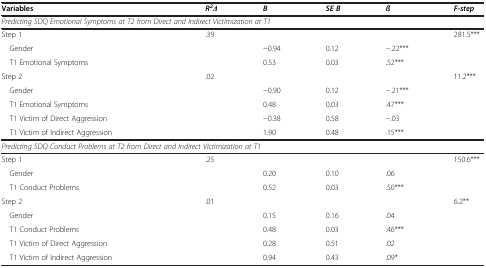
<table><thead><tr><td><b>Variables</b></td><td></td><td><b><i>R</i><sup><i>2</i></sup><i>Δ</i></b></td><td><b><i>B</i></b></td><td><b><i>SE B</i></b></td><td><b><i>ß</i></b></td><td><b><i>F-step</i></b></td></tr></thead><tbody><tr><td colspan="7"><i>Predicting SDQ Emotional Symptoms at T2 from Direct and Indirect Victimization at T1</i></td></tr><tr><td>Step 1</td><td></td><td>.39</td><td></td><td></td><td></td><td>281.5***</td></tr><tr><td> Gender</td><td></td><td></td><td>−0.94</td><td>0.12</td><td>−.22***</td><td></td></tr><tr><td> T1 Emotional Symptoms</td><td></td><td></td><td>0.53</td><td>0.03</td><td>.52***</td><td></td></tr><tr><td>Step 2</td><td></td><td>.02</td><td></td><td></td><td></td><td>11.2***</td></tr><tr><td> Gender</td><td></td><td></td><td>−0.90</td><td>0.12</td><td>−.21***</td><td></td></tr><tr><td> T1 Emotional Symptoms</td><td></td><td></td><td>0.48</td><td>0.03</td><td>.47***</td><td></td></tr><tr><td> T1 Victim of Direct Aggression</td><td></td><td></td><td>−0.38</td><td>0.58</td><td>−.03</td><td></td></tr><tr><td> T1 Victim of Indirect Aggression</td><td></td><td></td><td>1.90</td><td>0.48</td><td>.15***</td><td></td></tr><tr><td colspan="7"><i>Predicting SDQ Conduct Problems at T2 from Direct and Indirect Victimization at T1</i></td></tr><tr><td>Step 1</td><td></td><td>.25</td><td></td><td></td><td></td><td>150.6***</td></tr><tr><td> Gender</td><td></td><td></td><td>0.20</td><td>0.10</td><td>.06</td><td></td></tr><tr><td> T1 Conduct Problems</td><td></td><td></td><td>0.52</td><td>0.03</td><td>.50***</td><td></td></tr><tr><td>Step 2</td><td></td><td>.01</td><td></td><td></td><td></td><td>6.2**</td></tr><tr><td> Gender</td><td></td><td></td><td>0.15</td><td>0.16</td><td>.04</td><td></td></tr><tr><td> T1 Conduct Problems</td><td></td><td></td><td>0.48</td><td>0.03</td><td>.46***</td><td></td></tr><tr><td> T1 Victim of Direct Aggression</td><td></td><td></td><td>0.28</td><td>0.51</td><td>.02</td><td></td></tr><tr><td> T1 Victim of Indirect Aggression</td><td></td><td></td><td>0.94</td><td>0.43</td><td>.09*</td><td></td></tr></tbody></table>